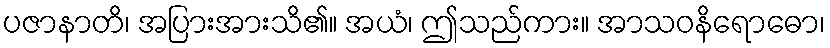
ပဇာနာတိ၊ အပြားအားသိ၏။ အယံ၊ ဤသည်ကား။ အာသဝနိရောဓော၊